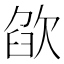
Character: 欿